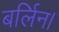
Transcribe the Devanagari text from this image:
बर्लिन।